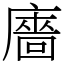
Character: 廧